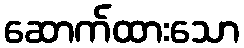
ဆောက်ထားသော